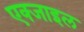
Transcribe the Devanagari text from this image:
एक्जाइल